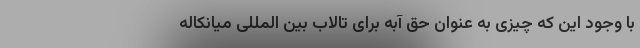
با وجود این که چیزی به عنوان حق آبه برای تالاب بین المللی میانکاله